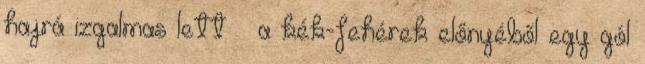
hajrá izgalmas lett – a kék-fehérek előnyéből egy gól